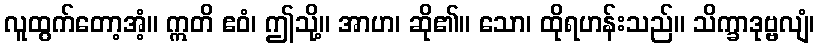
လူထွက်တော့အံ့။ ဣတိ ဧဝံ၊ ဤသို့။ အာဟ၊ ဆို၏။ သော၊ ထိုရဟန်းသည်။ သိက္ခာဒုဗ္ဗလျံ၊